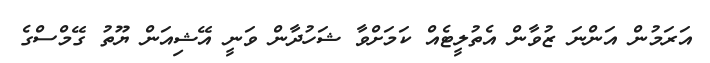
އަރަމުން އަންނަ ޒުވާން އެތުލީޓެއް ކަމަށްވާ ޝަހުދާން ވަނީ އޭޝިއަން ޔޫތު ގޭމްސްގެ